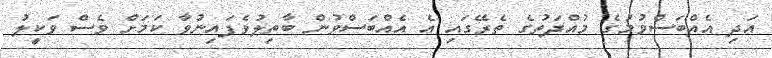
އަދި އެއްބަސްވުމުގެ މުއްދަތުގެ ތެރޭގައި އެ އެއްބަސްވުން ބާތިލުވެފައިނުވާ ކަމަށް ވެސް ވަކީލު